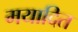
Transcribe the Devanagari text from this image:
मयादित